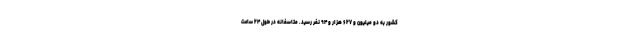
کشور به دو میلیون و ۶۲۷ هزار و ۹۴ نفر رسید. متاسفانه در طول ۲۴ ساعت